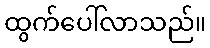
ထွက်ပေါ်လာသည်။